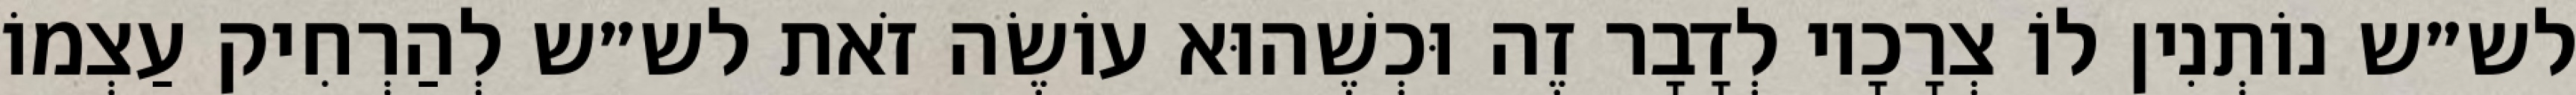
לש״ש נוֹתְנִין לוֹ צְרָכָיו לְדָבָר זֶה וּכְשֶׁהוּא עוֹשֶׂה זֹאת לש״ש לְהַרְחִיק עַצְמוֹ